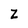
Character: z